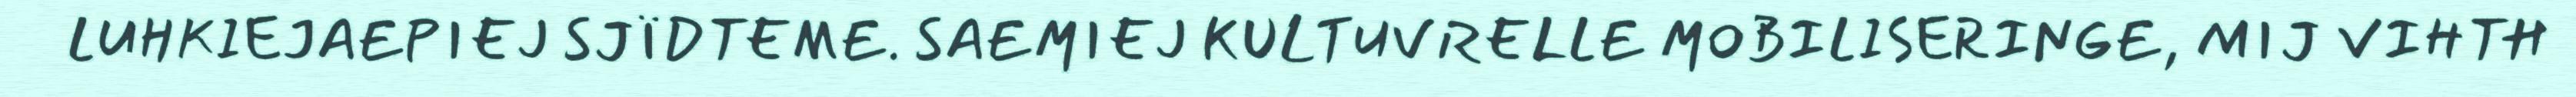
LUHKIEJAEPIEJ SJÏDTEME. SAEMIEJ KULTUVRELLE MOBILISERINGE, MIJ VIHTH